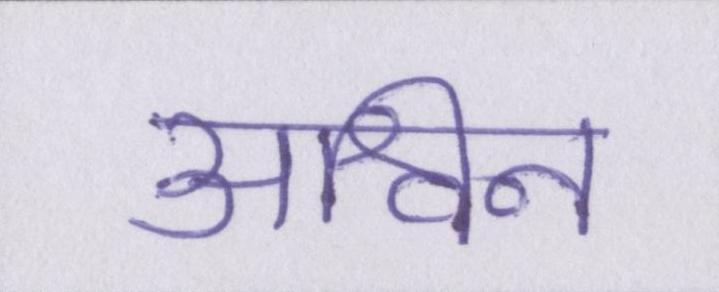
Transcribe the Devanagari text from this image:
अश्विन